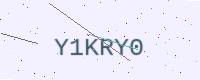
Text: Y1KRY0